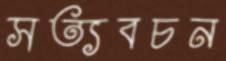
সত্যবচন